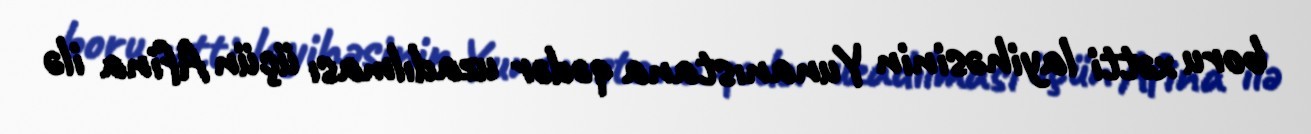
boru xətti layihəsinin Yunanıstana qədər uzadılması üçün Afina ilə